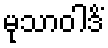
မုသာဝါဒိံ